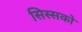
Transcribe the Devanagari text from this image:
सिस्सको